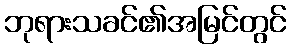
ဘုရားသခင်၏အမြင်တွင်